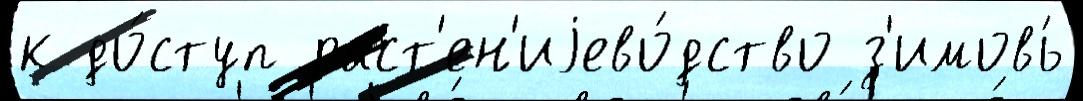
к до́ступ раст'ен'иjево́дство з'имовь́